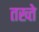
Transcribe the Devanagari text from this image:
तख्‍ते